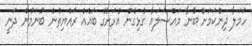
ހަމަލާ ދިންކަމަށް ބުނާ މައްސަލައާ ގުޅިގެން އެރަށުގެ ބައެއް ރައްޔިތުން ބުނަމުން ދަނީ